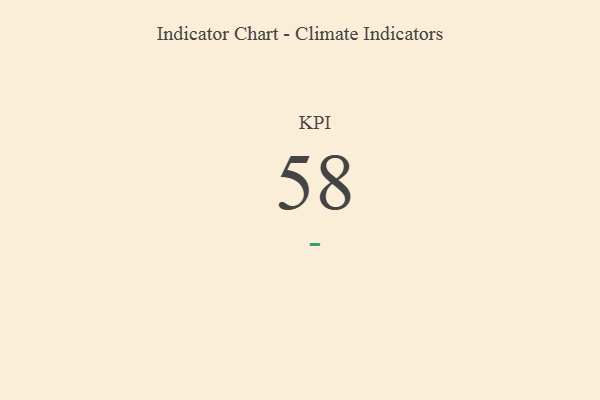
{"axis": {"x": "KPI", "y": "Value"}, "legend": [""], "data": [{"x": "KPI", "y": 58, "type": ""}]}